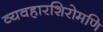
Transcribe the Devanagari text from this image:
व्यवहारशिरोमणि